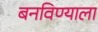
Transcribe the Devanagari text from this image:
बनविण्याला